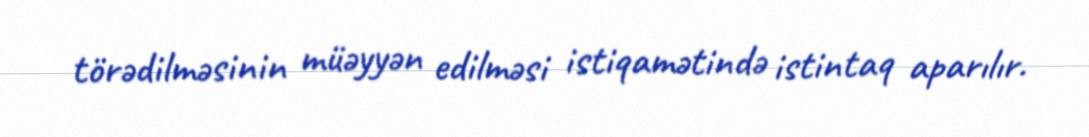
törədilməsinin müəyyən edilməsi istiqamətində istintaq aparılır.